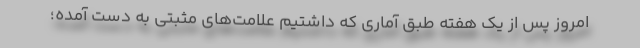
امروز پس از یک هفته طبق آماری که داشتیم علامت‌های مثبتی به دست آمده؛